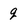
Character: q